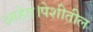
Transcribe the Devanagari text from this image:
आहेत।पेशीतील